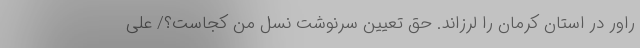
راور در استان کرمان را لرزاند. حق تعیین سرنوشت نسل من کجاست؟/ علی